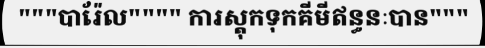
"""បារ៉ែល"""" ការស្តុកទុកគីមីឥន្ធនៈបាន"""